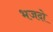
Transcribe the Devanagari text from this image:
भजदो